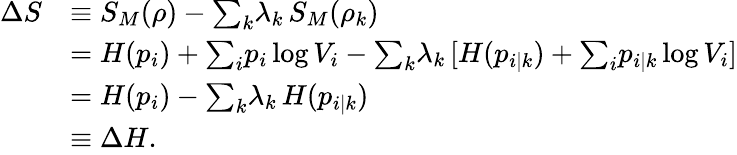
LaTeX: \begin{array}{rl}{\Delta S}&{\equiv S_{M}(\rho)-{\textstyle\sum}_{k}\lambda_{k}\, S_{M}(\rho_{k})}\\ &{=H(p_{i})+{\textstyle\sum}_{i}p_{i}\log V_{i}-{\textstyle\sum}_{k}\lambda_{k}\, [H(p_{i|k})+{\textstyle\sum}_{i}p_{i|k}\log V_{i}]}\\ &{=H(p_{i})-{\textstyle\sum}_{k}\lambda_{k}\, H(p_{i|k})}\\ &{\equiv\Delta H.}\end{array}